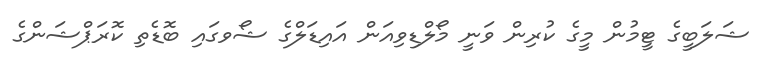
ޝަލަބީގެ ޓީމުން މީގެ ކުރިން ވަނީ މޯލްޑިވިއަން އައިޑަލްގެ ޝޯވގައި ބޮޑެތި ކޮރަޕްޝަންގެ